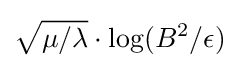
{\sqrt {\mu /\lambda }}\cdot \log(B^{2}/\epsilon )